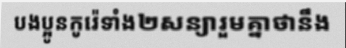
បងប្អូនកូរ៉េទាំង២សន្យារួមគ្នាថានឹង